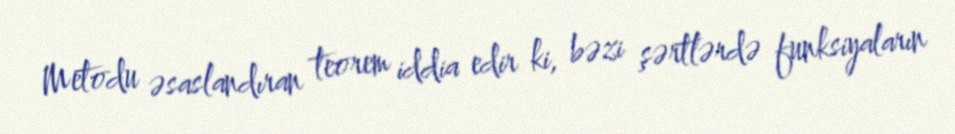
Metodu əsaslandıran teorem iddia edir ki, bəzi şərtlərdə funksiyaların